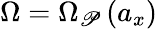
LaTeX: \Omega=\Omega_{\mathscr{P}}\left(a_{x}\right)